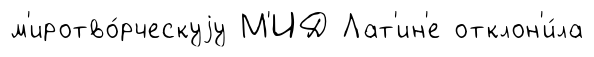
м'иротво́рческуjу М'ИД Лат'ин'е отклон'и́ла